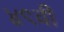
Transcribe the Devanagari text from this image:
४९वी